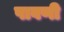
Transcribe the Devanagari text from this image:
पावणी